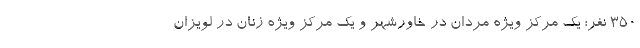
۳۵۰ نفر؛ یک مرکز ویژه مردان در خاورشهر و یک مرکز ویژه زنان در لویزان